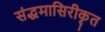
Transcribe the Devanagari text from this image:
संद्धमासिरीकृत